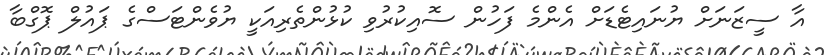
އާ ސީޒަނަށް ޔުނައިޓެޑަށް އެންމެ ފަހުން ސޮއިކުރުވި ކުޅުންތެރިއަކީ ޔުވެންޓަސްގެ ޕައުލް ޕޮގްބާ